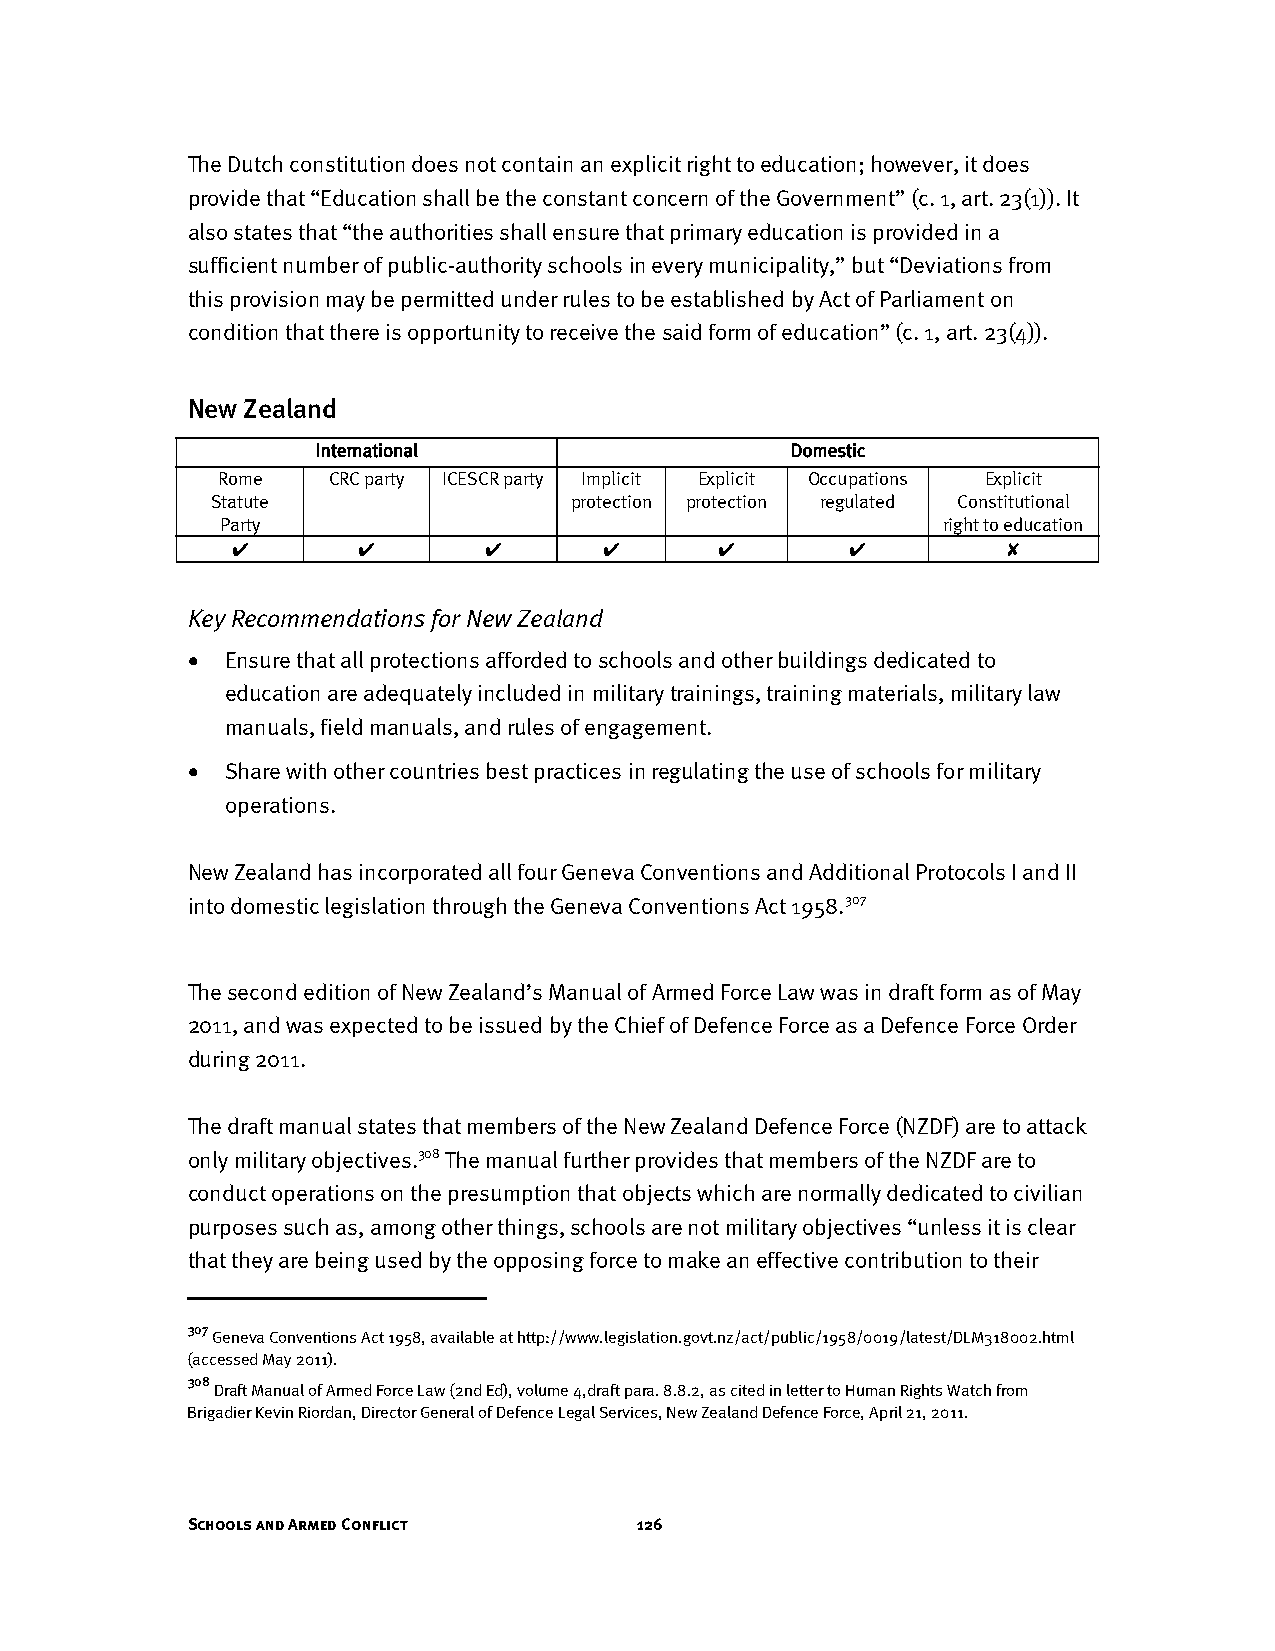
The Dutch constitution does not contain an explicit right to education; however, it does
 provide that “Education shall be the constant concern of the Government” (c. 1, art. 23(1)). It
 also states that “the authorities shall ensure that primary education is provided in a
 sufficient number of public-authority schools in every municipality,” but “Deviations from
 this provision may be permitted under rules to be established by Act of Parliament on
 condition that there is opportunity to receive the said form of education” (c. 1, art. 23(4)).
 New Zealand
 International                  Domestic
 Rome    CRC party ICESCR party Implicit Explicit Occupations Explicit
 Statute                 protection protection regulated Constitutional
 Party                                          right to education
 ✔        ✔       ✔       ✔      ✔        ✔         ✘
 Key Recommendations for New Zealand
 •  Ensure that all protections afforded to schools and other buildings dedicated to
 education are adequately included in military trainings, training materials, military law
 manuals, field manuals, and rules of engagement.
 •  Share with other countries best practices in regulating the use of schools for military
 operations.
 New Zealand has incorporated all four Geneva Conventions and Additional Protocols I and II
 into domestic legislation through the Geneva Conventions Act 1958.307
 The second edition of New Zealand’s Manual of Armed Force Law was in draft form as of May
 2011, and was expected to be issued by the Chief of Defence Force as a Defence Force Order
 during 2011.
 The draft manual states that members of the New Zealand Defence Force (NZDF) are to attack
 only military objectives.308 The manual further provides that members of the NZDF are to
 conduct operations on the presumption that objects which are normally dedicated to civilian
 purposes such as, among other things, schools are not military objectives “unless it is clear
 that they are being used by the opposing force to make an effective contribution to their
 307
 Geneva Conventions Act 1958, available at http://www.legislation.govt.nz/act/public/1958/0019/latest/DLM318002.html
 (accessed May 2011).
 308
 Draft Manual of Armed Force Law (2nd Ed), volume 4,draft para. 8.8.2, as cited in letter to Human Rights Watch from
 Brigadier Kevin Riordan, Director General of Defence Legal Services, New Zealand Defence Force, April 21, 2011.
 Schools and Armed Conflict    126